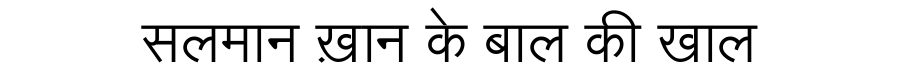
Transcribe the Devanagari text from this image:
सलमान ख़ान के बाल की खाल